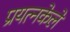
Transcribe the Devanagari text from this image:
प्रयत्‍नकेले